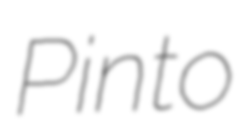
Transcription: Pinto